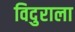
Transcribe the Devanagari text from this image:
विदुराला